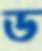
ড